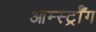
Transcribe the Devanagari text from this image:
आर्म्स्ट्राँग